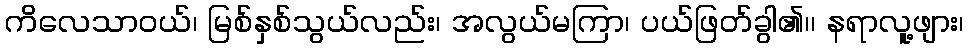
ကိလေသာဝယ်၊ မြစ်နှစ်သွယ်လည်း၊ အလွယ်မကြာ၊ ပယ်ဖြတ်ခွါ၏၊၊ နရာလူ့ဖျား၊